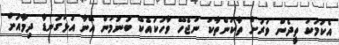
އެކަމަކު ތީދެން ވަަރަށް ތާކުންތާކު ނުޖެހޭ ވާހަކައެކޭ ބުނުމުން އޭނާ އަޅުގަނޑާ ދިމާއަށް